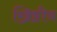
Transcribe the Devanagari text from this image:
ख्रिष्टीय